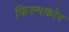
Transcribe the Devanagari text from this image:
फिल्मफोर